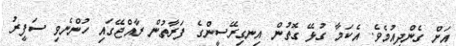
އަށް ގެންދިއުމެވެ. އެކަމާ ގުޅޭ ގޮތުން އިނގިރޭސީންގެ ފަރާތުން ރާއްޖޭގައި ހުންނެވި ސަފީރު